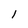
Character: 1